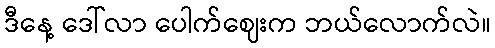
ဒီနေ့ ဒေါ်လာ ပေါက်ဈေးက ဘယ်လောက်လဲ။